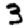
Digit: 3